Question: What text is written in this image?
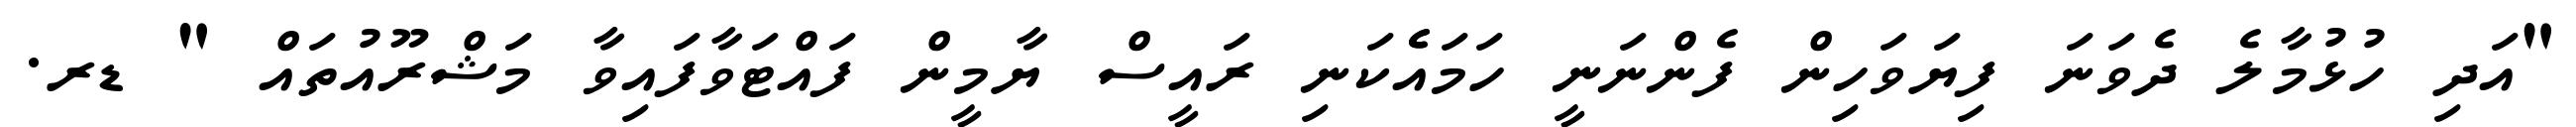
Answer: "އަދި ހުޅުމާލެ ދެވަނަ ފިޔަވަހިން ފެންނަނީ ހަމައެެކަނި ރައީސް ޔާމީން ފައްޓަވާފައިވާ މަޝްރޫއުތައް " ޑރ.